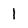
Character: 1